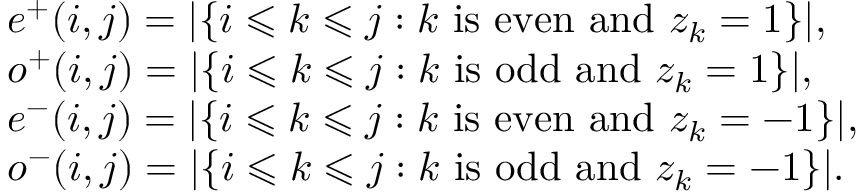
\begin{array} { r l } & { e ^ { + } ( i , j ) = | \{ i \leqslant k \leqslant j : k \mathrm { ~ i s ~ e v e n ~ a n d ~ } z _ { k } = 1 \} | , } \\ & { o ^ { + } ( i , j ) = | \{ i \leqslant k \leqslant j : k \mathrm { ~ i s ~ o d d ~ a n d ~ } z _ { k } = 1 \} | , } \\ & { e ^ { - } ( i , j ) = | \{ i \leqslant k \leqslant j : k \mathrm { ~ i s ~ e v e n ~ a n d ~ } z _ { k } = - 1 \} | , } \\ & { o ^ { - } ( i , j ) = | \{ i \leqslant k \leqslant j : k \mathrm { ~ i s ~ o d d ~ a n d ~ } z _ { k } = - 1 \} | . } \end{array}